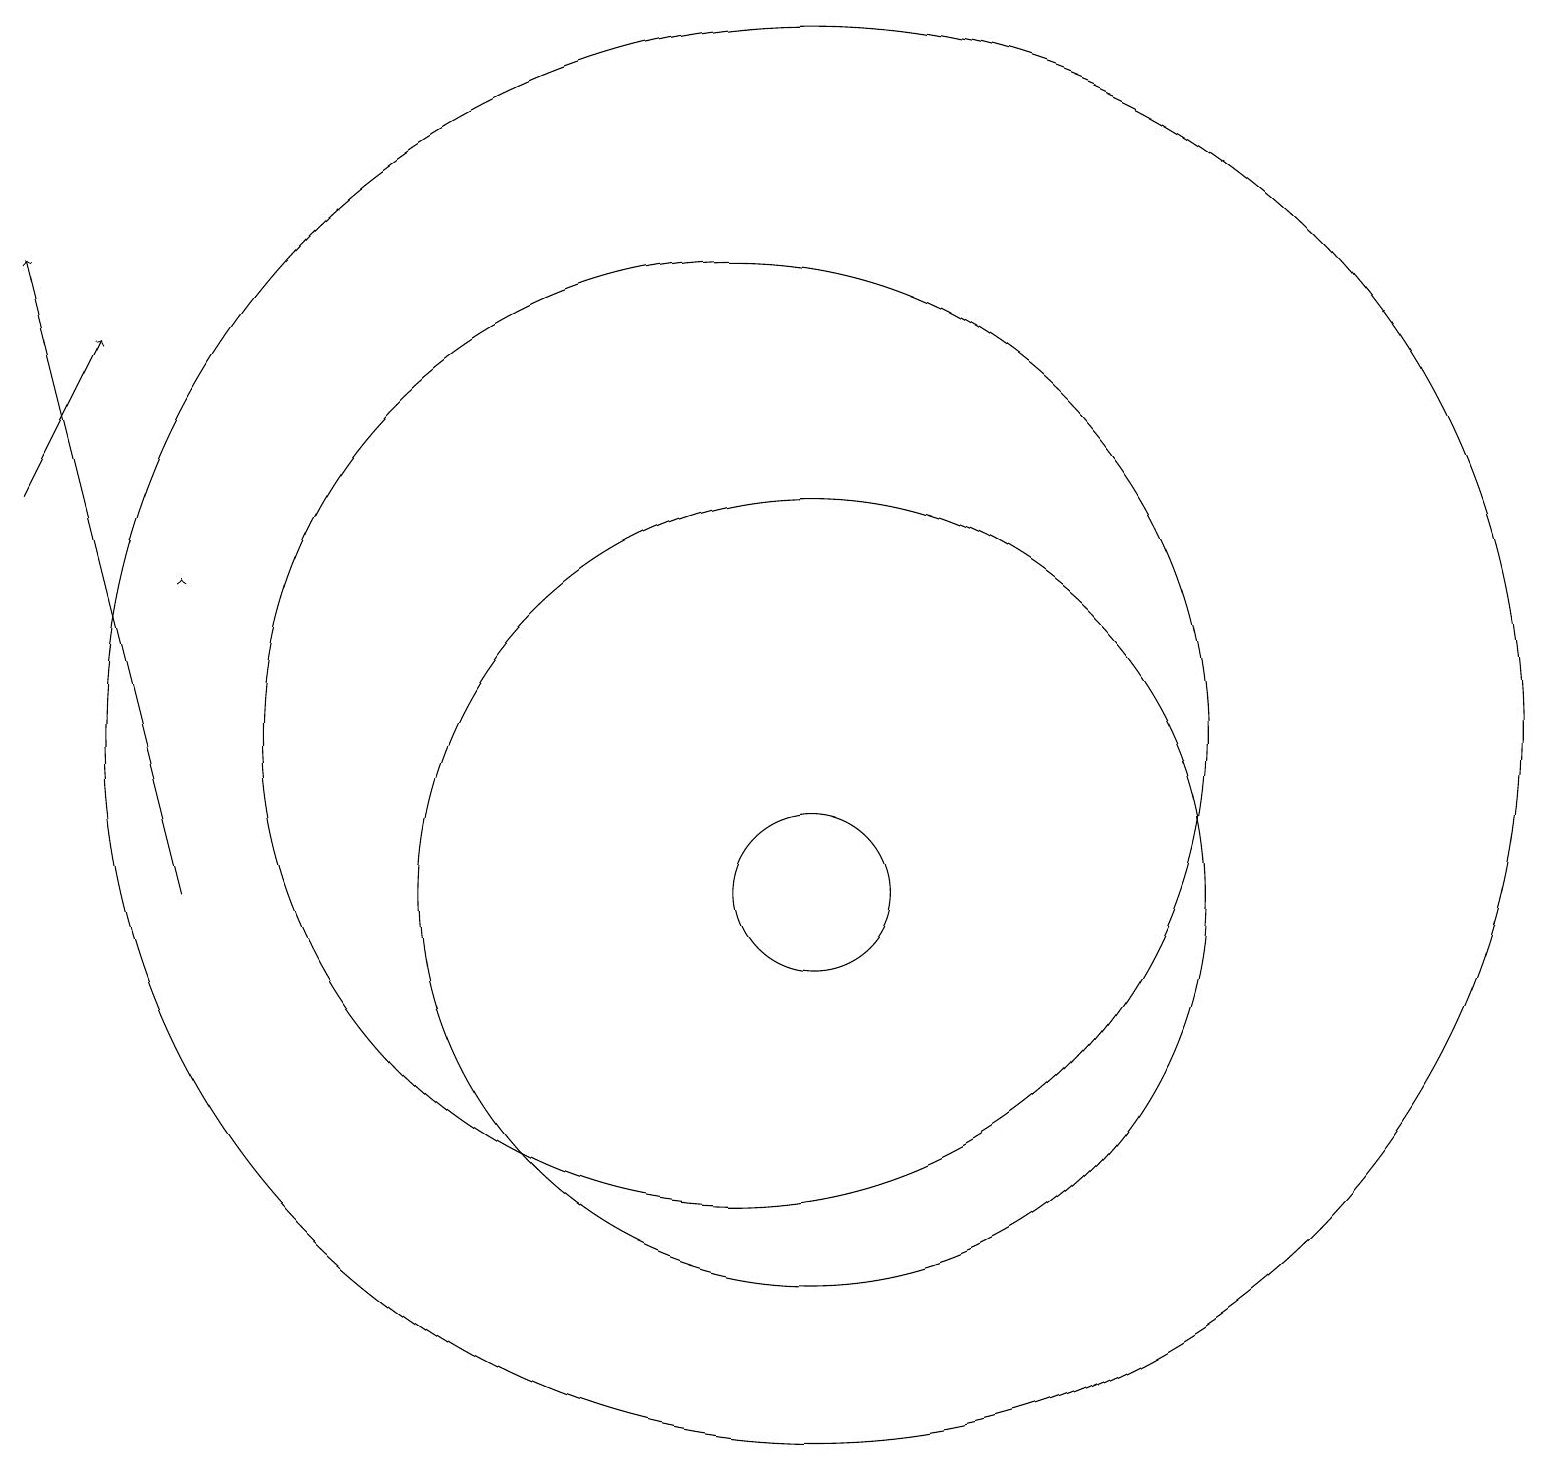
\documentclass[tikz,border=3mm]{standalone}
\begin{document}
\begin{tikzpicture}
\draw (11,12) circle (9);
\draw[->] (3,14) -- (3,14);
\draw (11,10) circle (1);
\draw[->] (3,10) -- (1,18);
\draw[->] (1,15) -- (2,17);
\draw (11,10) circle (5);
\draw (10,12) circle (6);
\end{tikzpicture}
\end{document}